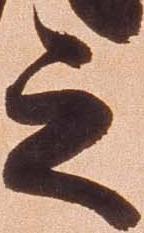
之